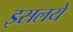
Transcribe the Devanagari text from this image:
इसलये